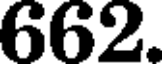
662.